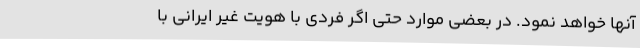
آنها خواهد نمود. در بعضی موارد حتی اگر فردی با هویت غیر ایرانی با